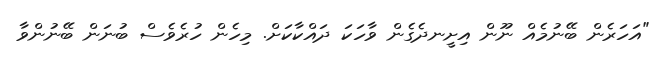
"އަހަރެން ބޭނުމެއް ނޫން އިށީނދެގެން ވާހަކަ ދައްކާކަށް. މިހެން ހުރެވެސް ބުނަން ބޭނުންވާ